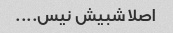
اصلا شبیش نیس....